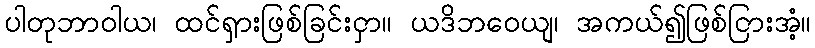
ပါတုဘာဝါယ၊ ထင်ရှားဖြစ်ခြင်းငှာ။ ယဒိဘဝေယျ၊ အကယ်၍ဖြစ်ငြားအံ့။